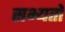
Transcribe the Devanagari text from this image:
सभ्यतों